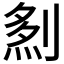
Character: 𠞎